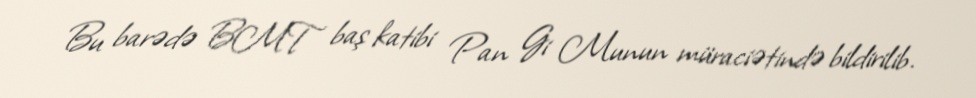
Bu barədə BMT baş katibi Pan Gi Munun müraciətində bildirilib.